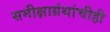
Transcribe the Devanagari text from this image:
समीक्षाग्रंथांचीही